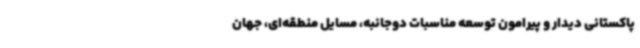
پاکستانی دیدار و پیرامون توسعه مناسبات دوجانبه، مسایل منطقه‌ای، جهان